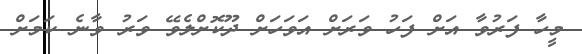
މީހާ ފަރުވާ އަށް ފަހު ވަރަށް އަވަހަށް ދޫކޮށްލެވޭ ވަރު ވާނެ ކަމަށް